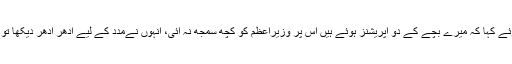
افغانی بزرگ نے عمران خان سے فارسی میں بات کرتے ہوئے کہا کہ میرے بچے کے دو آپریشنز ہوئے ہیں اس پر وزیراعظم کو کچھ سمجھ نہ آئی، انہوں نےمدد کے لیے ادھر ادھر دیکھا تو گورنر خیبرپختونخوا شاہ فرمان ترجمے کے لیے پہنچ گئے۔